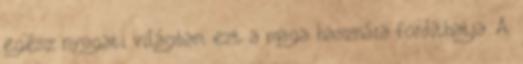
egész nyugati világban, ezt a maga hasznára fordíthatja. A